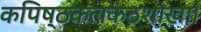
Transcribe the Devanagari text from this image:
कपिष्ठकलकठशाखा।